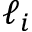
\ell _ { i }